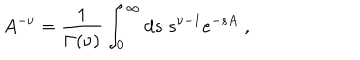
A ^ { - \nu } = \frac { 1 } { \Gamma ( \nu ) } \int _ { 0 } ^ { \infty } d s \; s ^ { \nu - 1 } e ^ { - s A } \; ,